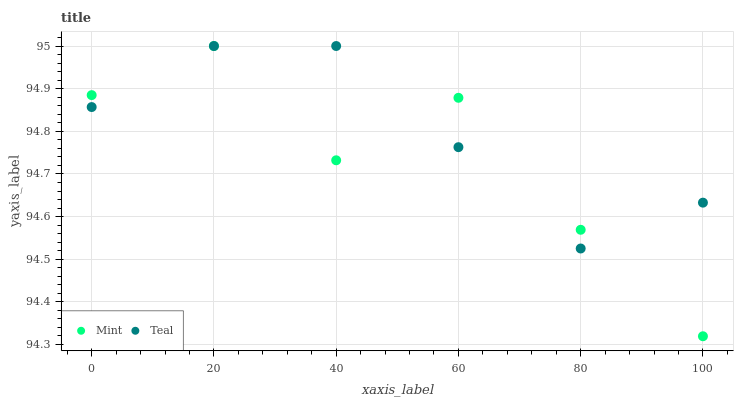
| xaxis_label | Mint | Teal |
 | --- | --- | --- |
 | 0 | 94.9 | 94.9 |
 | 20 | 95 | 95 |
 | 40 | 94.7 | 95 |
 | 60 | 94.9 | 94.8 |
 | 80 | 94.6 | 94.5 |
 | 100 | 94.3 | 94.6 |